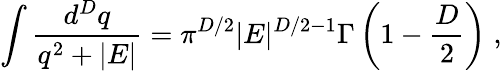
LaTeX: \int\frac{d^{{D}}q}{q^{2}+|E|}=\pi^{{D}/2}|E|^{{D}/2-1}\Gamma\left(1-\frac{D}{2}\right)\; ,